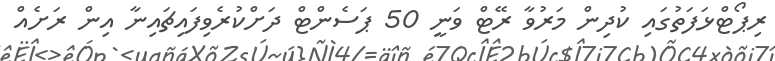
ރިޕޯޓްޅަފަތުގައި ކުދިން މަރުވާ ރޭޓް ވަނީ 50 ޕަސެންޓް ދަށްކުރެވިފައިޗައިނާ އިން ރަށެއް